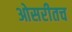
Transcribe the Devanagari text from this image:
ओसरीतच